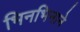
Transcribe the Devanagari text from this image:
भिनभिनाने